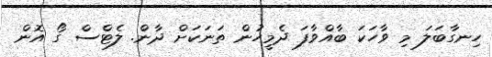
ހިނގާބަލަ މި ވާހަކަ ބާއްވާފަ ދެމީހުން ތަނަކަށް ދާން. ލެޓްސް ގޯ އޮން